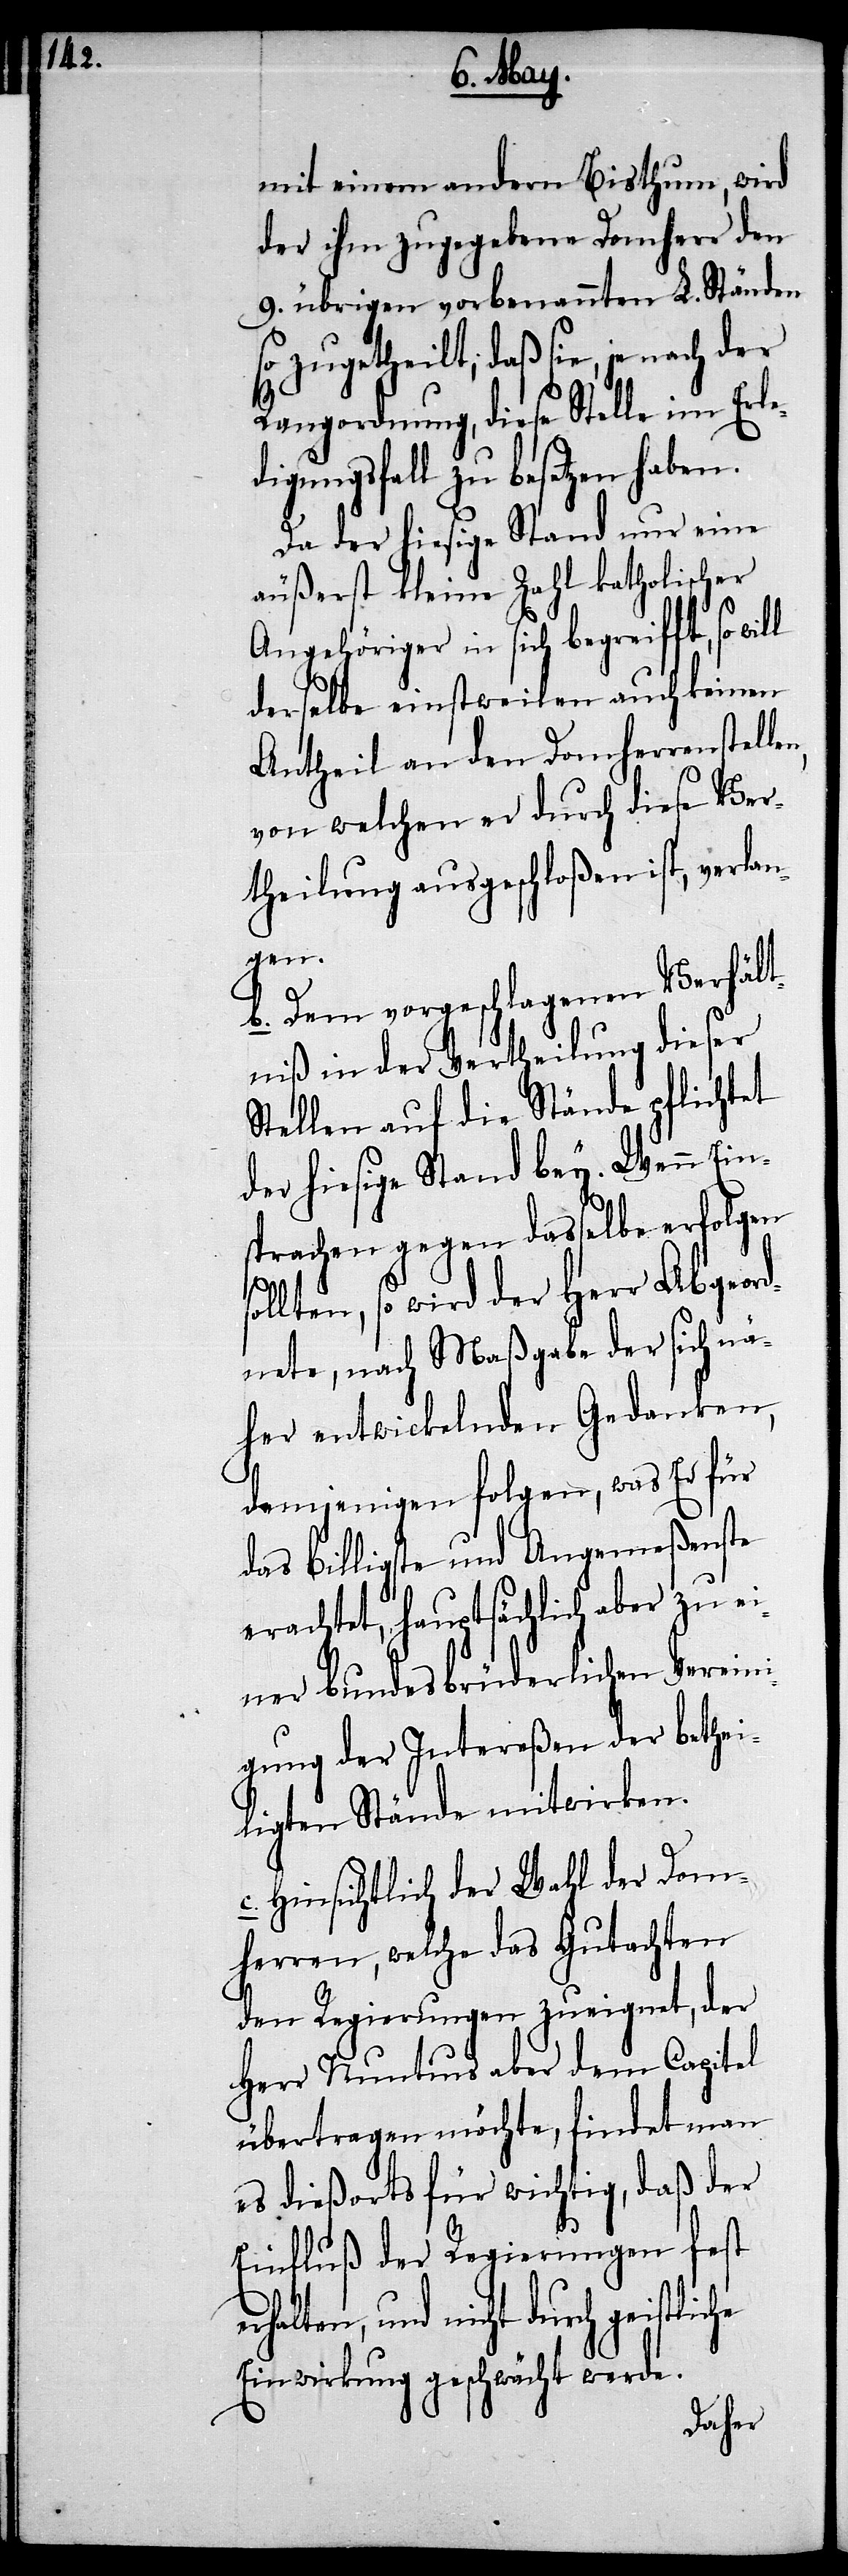
s¬

mit einem andern Bisthum, wird
der ihm zugegebene Domherr den
9. übrigen vorbenannten L. Ständen
so zugetheilt, daß sie, je nach der
Rangordnung, diese Stelle im Erle¬
digungsfall zu besetzen haben.
Da der hiesige Stand nur eine
äußerst kleine Zahl katholischer
Angehöriger in sich begreifft, so
derselbe einstweilen auch keinen
Antheil an den Domherrenstell¬
von welchen er durch diese Ver¬
theilung ausgeschloßen ist, verlan¬
gen.
b.) Dem vorgeschlagenen Verhält¬
niß in der Vertheilung dieser
Stellen auf die Stände pflichtet
der hiesige Stand bey. Wenn Ein¬
sprachen gegen dasselbe erfolgen
ollten, so wird der Herr Abgeor¬
dnete, nach Maßgabe der sich nä¬
her entwickelnden Gedanken,
demjenigen folgen, was Er für
das billigste und Angemeßenste
erachtet, hauptsächlich aber zu ei¬
ner bundesbrüderlichen Vereini¬
gung der Intereßen der bethei¬
ligten Stände mitwirken.
c.) Hinsichtlich der Wahl der Dom¬
herren, welche das Gutachten
den Regierungen zueignet, der
Herr Nuntius aber dem Capitel
übertragen möchte, findet man
es dießorts für wichtig, das der
Einfluß der Regierungen fest e¬
rhalten, und nicht durch
Einwirkung geschwächt werde.